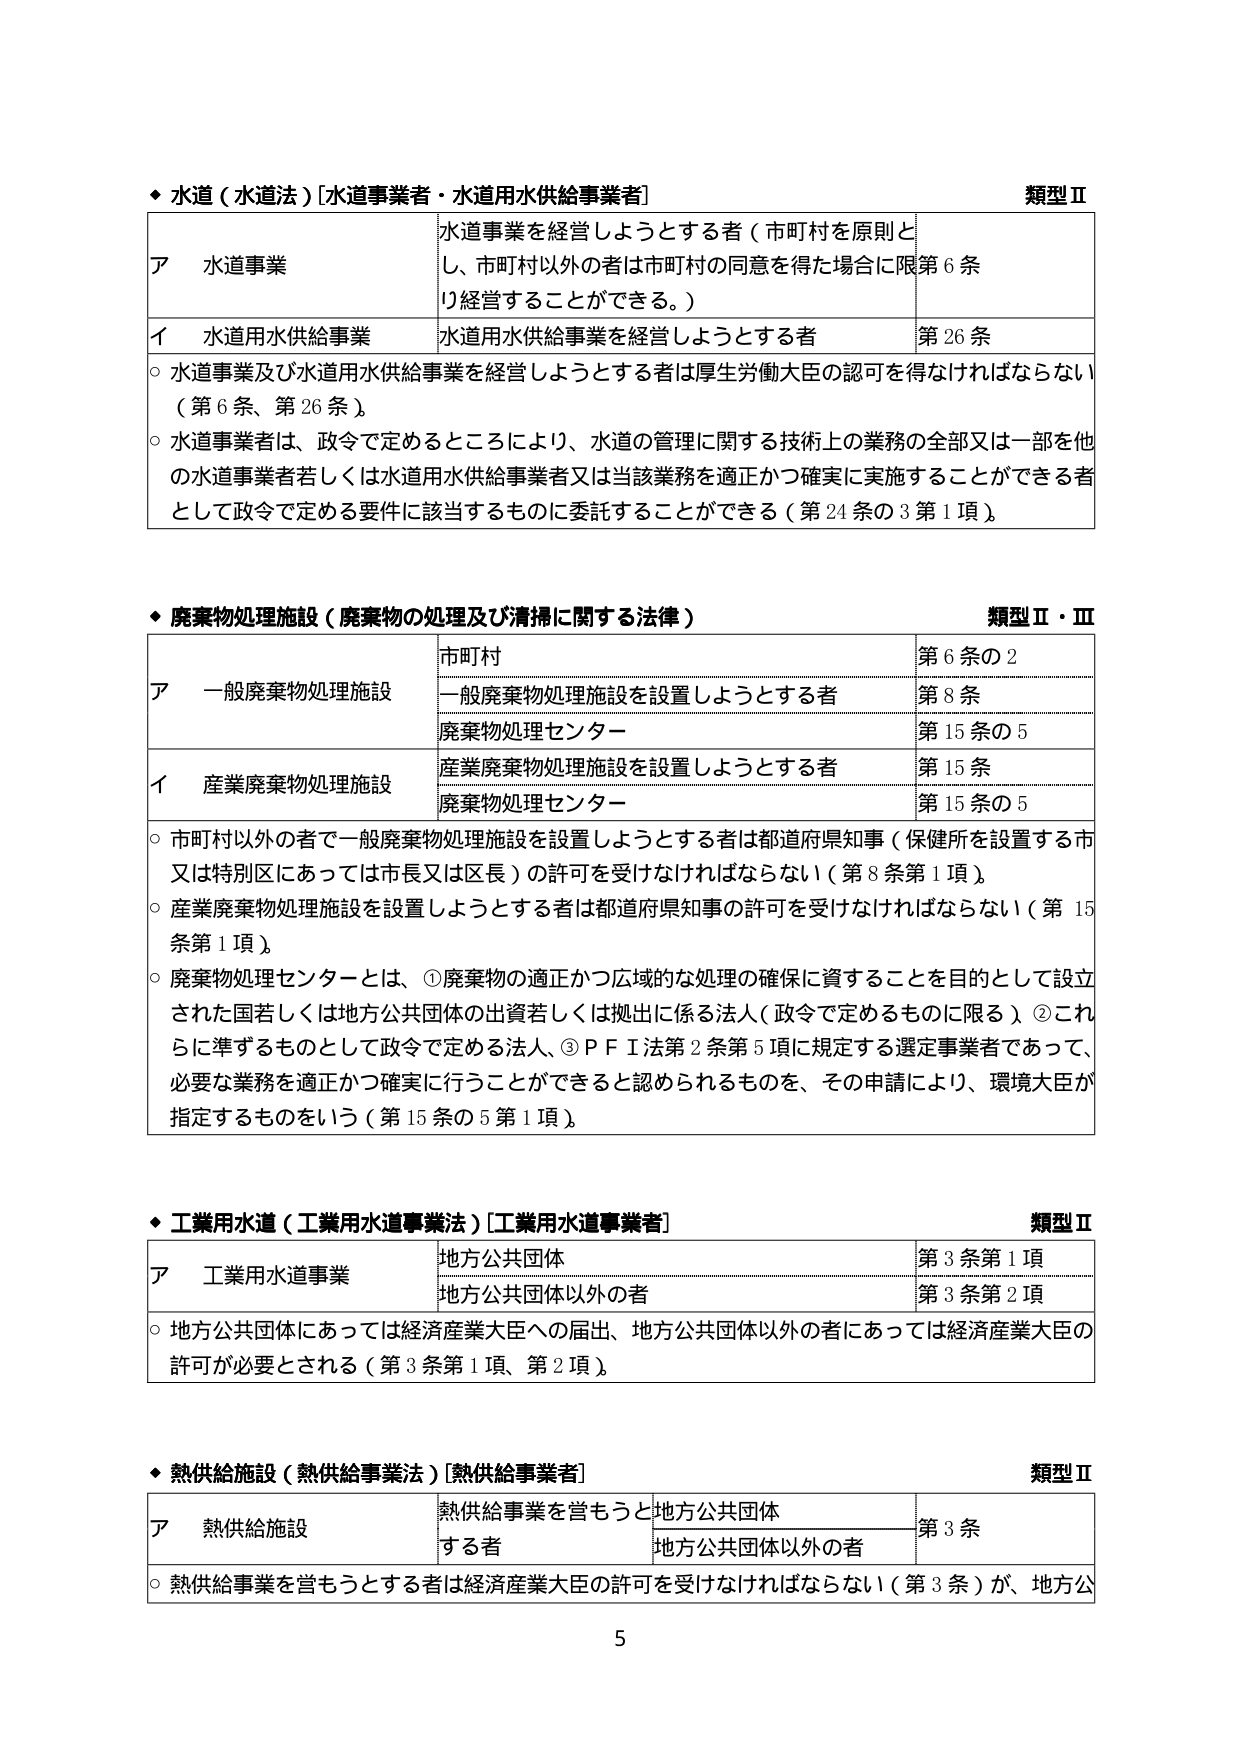
◆ 水道（水道法）[水道事業者・水道用水供給事業者] 類型Ⅱ
ア 水道事業 水道事業を経営しようとする者（市町村を原則とし、市町村以外の者は市町村の同意を得た場合に限り経営することができる。） 第6条
イ 水道用水供給事業 水道用水供給事業を経営しようとする者 第26条
○ 水道事業及び水道用水供給事業を経営しようとする者は厚生労働大臣の認可を得なければならない（第6条、第26条）。
○ 水道事業者は、政令で定めるところにより、水道の管理に関する技術上の業務の全部又は一部を他の水道事業者若しくは水道用水供給事業者又は当該業務を適正かつ確実に実施することができる者として政令で定める要件に該当するものに委託することができる（第24条の3第1項）。

◆ 廃棄物処理施設（廃棄物の処理及び清掃に関する法律） 類型Ⅱ・Ⅲ
ア 一般廃棄物処理施設 市町村 第6条の2
　　　　　　　　　　　一般廃棄物処理施設を設置しようとする者 第8条
　　　　　　　　　　　廃棄物処理センター 第15条の5
イ 産業廃棄物処理施設 産業廃棄物処理施設を設置しようとする者 第15条
　　　　　　　　　　　廃棄物処理センター 第15条の5
○ 市町村以外の者で一般廃棄物処理施設を設置しようとする者は都道府県知事（保健所を設置する市又は特別区にあっては市長又は区長）の許可を受けなければならない（第8条第1項）。
○ 産業廃棄物処理施設を設置しようとする者は都道府県知事の許可を受けなければならない（第15条第1項）。
○ 廃棄物処理センターとは、①廃棄物の適正かつ広域的な処理の確保に資することを目的として設立された国若しくは地方公共団体の出資若しくは拠出に係る法人（政令で定めるものに限る）、②これらに準ずるものとして政令で定める法人、③ＰＦＩ法第2条第5項に規定する選定事業者であって、必要な業務を適正かつ確実に行うことができると認められるものを、その申請により、環境大臣が指定するものをいう（第15条の5第1項）。

◆ 工業用水道（工業用水道事業法）[工業用水道事業者] 類型Ⅱ
ア 工業用水道事業 地方公共団体 第3条第1項
　　　　　　　　　地方公共団体以外の者 第3条第2項
○ 地方公共団体にあっては経済産業大臣への届出、地方公共団体以外の者にあっては経済産業大臣の許可が必要とされる（第3条第1項、第2項）。

◆ 熱供給施設（熱供給事業法）[熱供給事業者] 類型Ⅱ
ア 熱供給施設 熱供給事業を営もうとする者 地方公共団体 第3条
　　　　　　　　　　　　　　　　　　　地方公共団体以外の者
○ 熱供給事業を営もうとする者は経済産業大臣の許可を受けなければならない（第3条）が、地方公
5